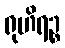
ရုဟိရဉ္စ